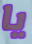
يا